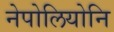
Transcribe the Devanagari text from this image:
नेपोलियोनि